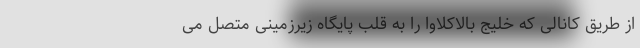
از طریق کانالی که خلیج بالاکلاوا را به قلب پایگاه زیرزمینی متصل می